Report of the King Institute of Preventive Medicine, Guindy
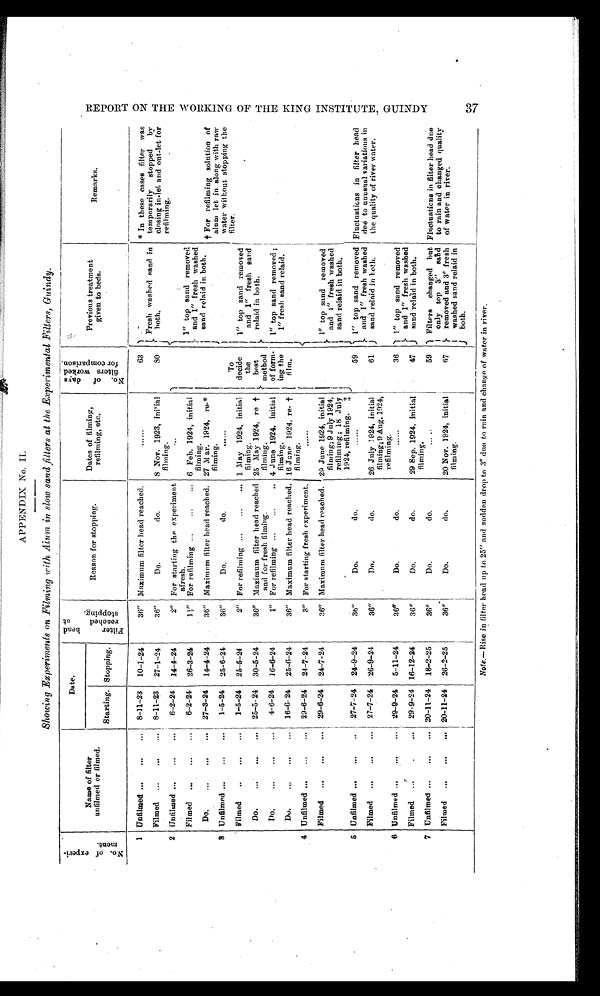
APPENDIX No. II.
Showing Experiments on Filming with A īum in slow sand filters at the Experimental Filters, Guindy.
N o . o f e x p e r i -
m e n t .
Name of filter
unfilmed or filmed.
Date.
F i l t e r h e a d r e a c h e d a t s t o p p i n g .
Reason for stopping.
Dates of filming,
refilming, etc.
N o . o f d a y s f i l t e r s w o r k e d f o r c o m p a r i s o n .
Previous reatment
given to beds.
Remarks.
Starting. Stopping.
1
Unfilmed . . .
8-11-23
10-1-24
36"
Maximum filter head reached.
. . .
63
Fresh washed sand in
both.
* In these cases filter was
temporarily stopped by
closing in-let and out-let for
refilming.
Filmed . . .
8-11-23
27-1-24
36"
Do.
do.
8 Nov. 1923,
i n i ' i a l f i l m i n g .
SO
2 Unfilmed . . .
6-2-24
14-4-24
2"
For starting the experiment
afresh.
. . .
'l'o
decide
the
best
method
of form-
ing the
film .
1 " top sand removed
and 1" fresh washed
sand relaid in both.
Filmed . . .
6-2-24
26-3-24
1 ½" For refilming . . . 6 Feb. 1924, initial
filming.
Do. . . .
27-3-24
14-4-24
36"
Maximum filter head reached.
27 M ar. 1924, re-*
filming.
† F o r r e f i l m i n g s o l u t i o n o f a l u m l e t i n a l o n g w i t h r a w
w a t e r w i t h o u t s t o p p i n g t h e f i l t e r .
3 Unfilmed.
1-5-24
25-6-24
36"
Do.
do.
1" top sand removed
and 1" fresh sand
relaid in both.
Filmed . . .
1-5-24
25-5-24
2"
For refilming . . .
1 M a y 1 9 2 4 , i n i t i a l f i l m i n g .
Do. . . .
2 5 - 5 - 2 4
3 0 - 5 - 2 4
36"
Maximum filter head reached
and for fresh filming.
25 May 1924, re †
filming.
1" top sand removed ;
1" fresh sand relaid.
Do. . . .
4-6-24
16-6-24
1"
For refilming . . . 4 June 1924. initial
filming.
Do. . . .
16-6-24
25-6-24
36"
Maximum filter head reached.
16 June 1924, re- †
filming
4
Unfilmed . . .
29-6-24
24-7-24
3"
For starting fresh experiment.
. . .
Filmed . . .
29-6-24
24-7-24
36"
Maximum filter head reached.
29 June 1924, initial
filming; 9 July 1924,
re filming; 18 July
1924, refilming.
‡
1" top sand removed
and I." fresh washed
sand relaid in both
.
5
Unfilmed . . .
27-7-24
24-9-24
36"
Do.
do.
. . .
59
1"
top sand removed
and 1" fresh washed
sand relaid in both.
Fluctuations in filter head
due to unusual variations in
the quality of river water.
Filmed . . .
27-7-24
26-9-24
36"
Do.
do.
26 July 1924, initial
filming; 9 Aug. 1924,
refilming.
61
6 Unfilmed . . .
29-9-24
5-11-24
36"
Do.
do.
. . .
36
1" top sand removed
and 1" fresh washed
sand relaid in both.
Filmed . . .
29-9-24
16-12-24
36"
Do.
do.
29 Sep. 1924, initial
filming.
47
7
Unfilmed . . .
20-11-24
18-2-25
36"
Do.
do.
. . .
59
Filters changed but
only top 3" sand
removed and 3" fresh
washed sand relaid in
both.
Flnctuaticns in filter head due
to rain and changed quality
of water in river.
Filmed . . .
20-11-24
26-2-25
36"
Do.
do.
20 Nov. 1924, initial
filming.
67
Note.—Rise in filter head up to 25" and sudden drop to 3 " due to rain and change of water in river.
R E P O R T O N T H E W O R K I N G O F T H E K I N G I N S T I T U T E , G U I N D Y
3 7